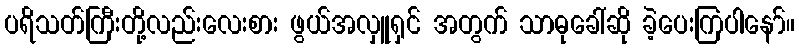
ပရိသတ်ကြီးတို့လည်းလေးစား ဖွယ်အလှူရှင် အတွက် သာဓုခေါ်ဆို ခဲ့ပေးကြပါနော်။